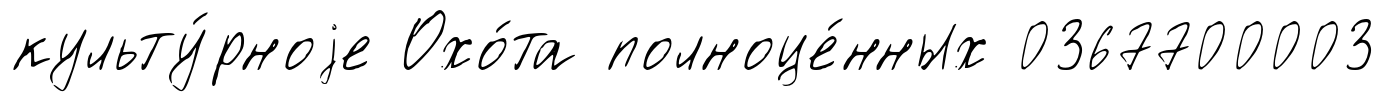
культу́рноjе Охо́та полноце́нных 0367700003